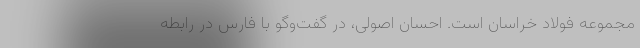
مجموعه فولاد خراسان است. احسان اصولی، در گفت‌وگو با فارس در رابطه